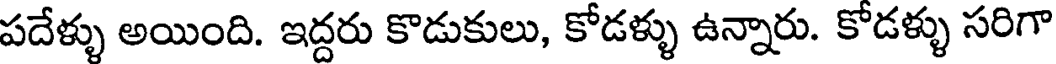
పదేళ్ళు అయింది. ఇద్దరు కొడుకులు, కోడళ్ళు ఉన్నారు. కోడళ్ళు సరిగా